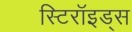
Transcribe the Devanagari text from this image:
स्टिरॉइड्स